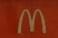
m